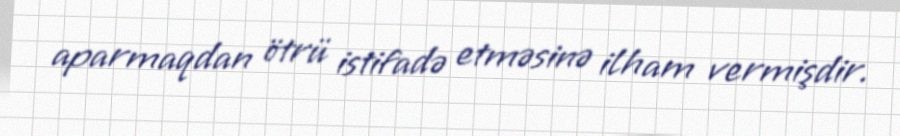
aparmaqdan ötrü istifadə etməsinə ilham vermişdir.